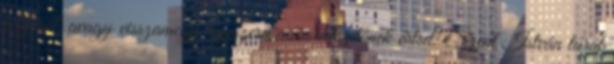
tetejéről, avagy visszamegy egyszerű mű­sorkészítőnek értsd: Szent István tú­rát